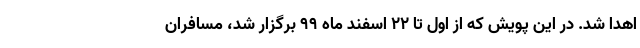
اهدا شد. در این پویش که از اول تا ۲۲ اسفند ماه ۹۹ برگزار شد، مسافران